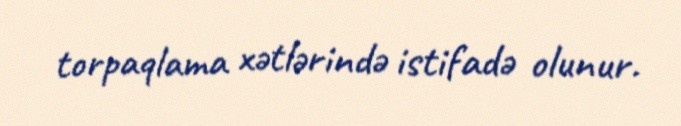
torpaqlama xətlərində istifadə olunur.